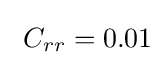
\ C_{rr}=0.01